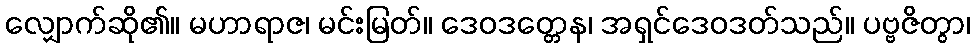
လျှောက်ဆို၏။ မဟာရာဇ၊ မင်းမြတ်။ ဒေဝဒတ္တေန၊ အရှင်ဒေဝဒတ်သည်။ ပဗ္ဗဇိတွာ၊